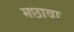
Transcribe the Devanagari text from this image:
मछावा